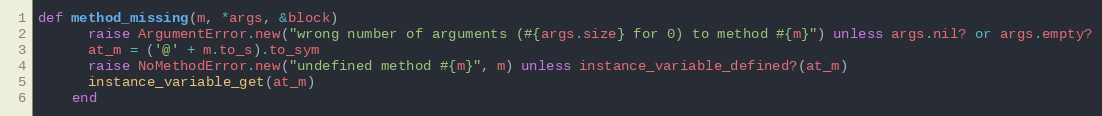
Language: Ruby
def method_missing(m, *args, &block)
      raise ArgumentError.new("wrong number of arguments (#{args.size} for 0) to method #{m}") unless args.nil? or args.empty?
      at_m = ('@' + m.to_s).to_sym
      raise NoMethodError.new("undefined method #{m}", m) unless instance_variable_defined?(at_m)
      instance_variable_get(at_m)
    end